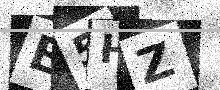
Text: E5HZ